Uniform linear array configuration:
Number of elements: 12
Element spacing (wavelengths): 0.75
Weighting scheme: exponential
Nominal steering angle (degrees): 30
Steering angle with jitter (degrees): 30.457
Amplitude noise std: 0.05
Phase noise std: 0.05

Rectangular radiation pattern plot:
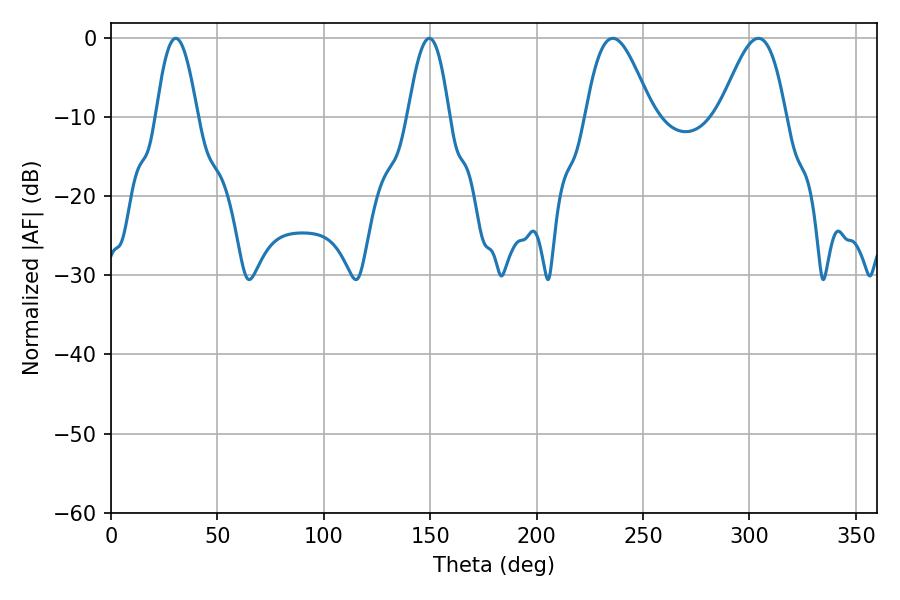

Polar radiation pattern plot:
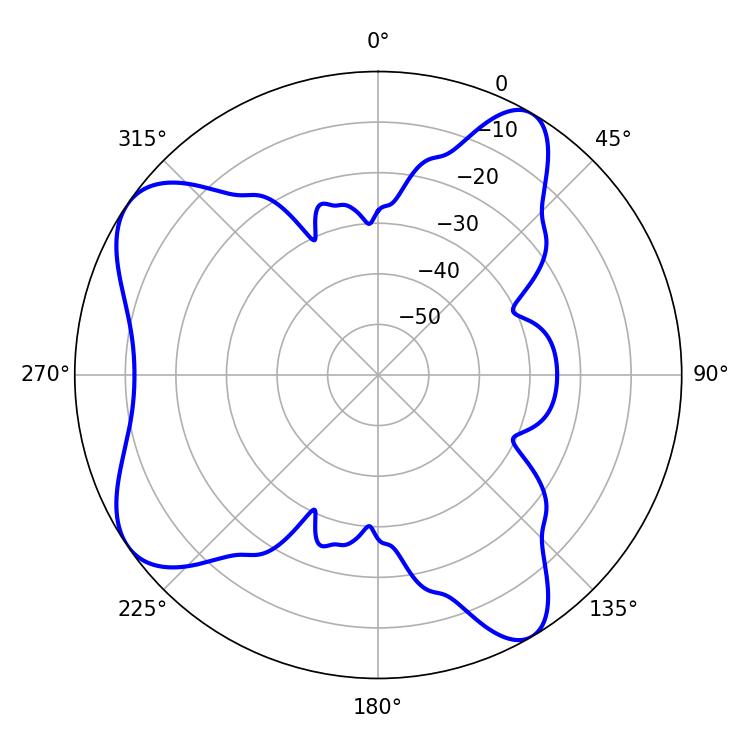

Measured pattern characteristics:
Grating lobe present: TRUE
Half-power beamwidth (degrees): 10.44
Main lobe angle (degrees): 30.42